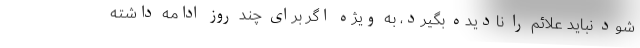
شود نباید علائم را نادیده بگیرد، به ویژه اگر برای چند روز ادامه داشته